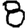
Digit: 8